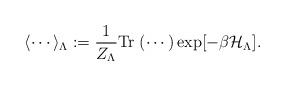
LaTeX: \begin{align*}\langle \cdots \rangle_\Lambda:=\frac{1}{Z_\Lambda}{\rm Tr}\;(\cdots)\exp[-\beta\mathcal{H}_\Lambda]. \end{align*}